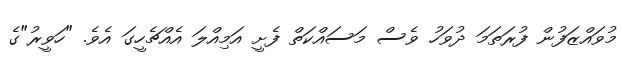
މުވައްޒަފުން ފުރަތަމަ ދުވަހު ވެސް މަސައްކަތް ފެށީ އަމިއްލަ އެއްޗެހީގަ އެވެ. "ހަވީރު"ގެ